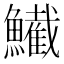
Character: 𫚂